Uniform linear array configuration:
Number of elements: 48
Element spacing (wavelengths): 0.75
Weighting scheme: hann
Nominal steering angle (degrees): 15
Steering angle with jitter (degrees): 15.033
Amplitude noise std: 0.05
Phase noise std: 0.05

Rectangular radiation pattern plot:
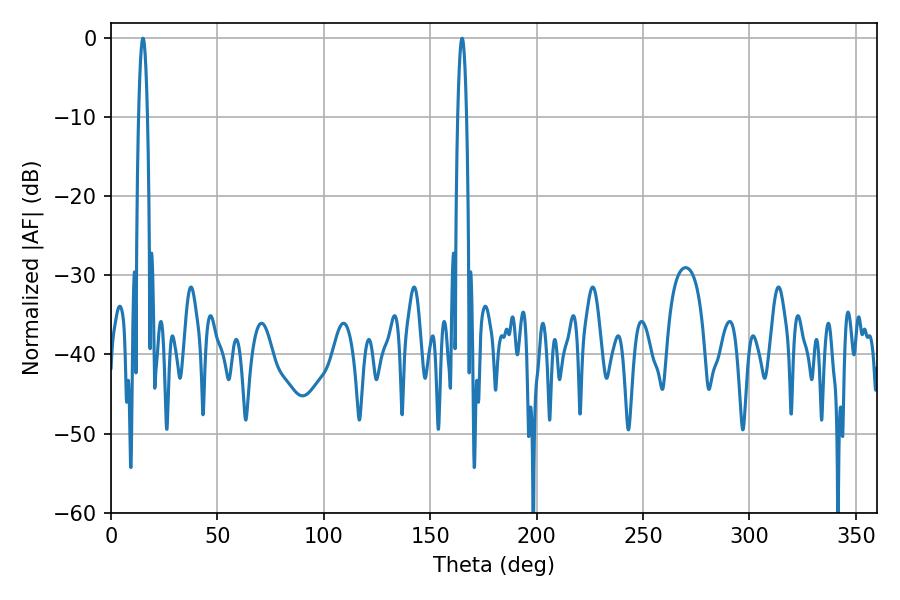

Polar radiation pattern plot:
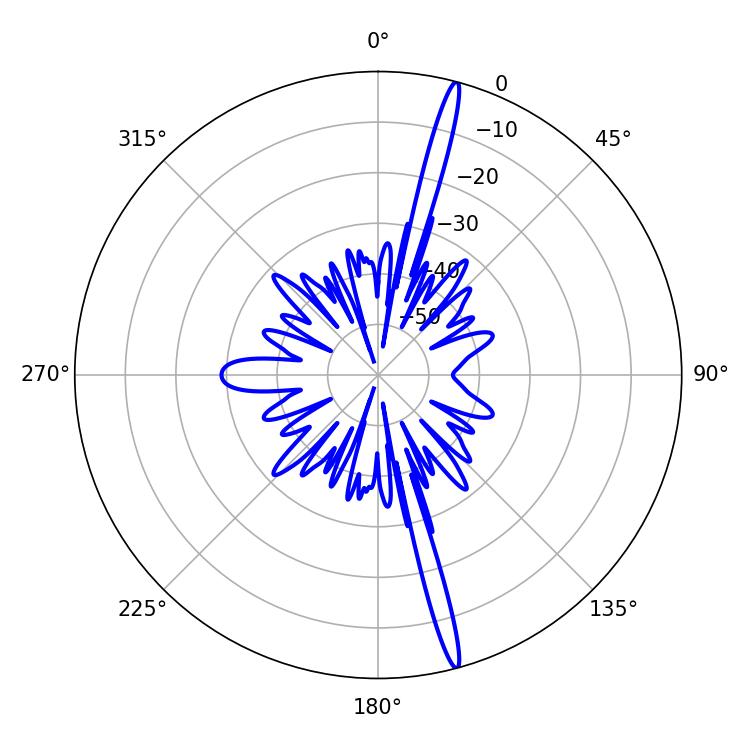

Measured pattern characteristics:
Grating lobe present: TRUE
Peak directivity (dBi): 19.483
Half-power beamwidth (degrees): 2.34
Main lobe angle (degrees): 14.94